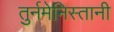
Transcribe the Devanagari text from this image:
तुर्नमेनिस्तानी